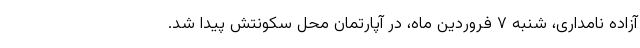
آزاده نامداری، شنبه ۷ فروردین ماه، در آپارتمان محل سکونتش پیدا شد.